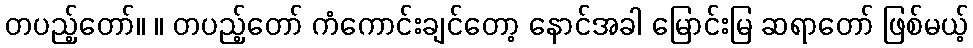
တပည့်တော်။ ။ တပည့်တော် ကံကောင်းချင်တော့ နောင်အခါ မြောင်းမြ ဆရာတော် ဖြစ်မယ့်